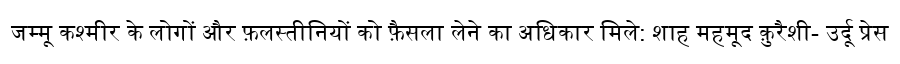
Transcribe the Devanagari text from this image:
जम्मू कश्मीर के लोगों और फ़लस्तीनियों को फ़ैसला लेने का अधिकार मिले: शाह महमूद क़ुरैशी- उर्दू प्रेस